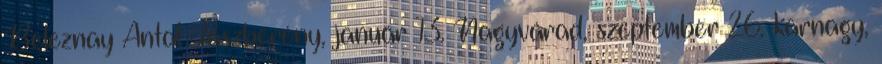
Beleznay Antal Jászberény, január 13. Nagyvárad, szeptember 26. karnagy,